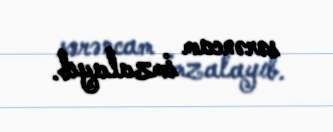
sərəncam imzalayıb.